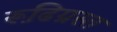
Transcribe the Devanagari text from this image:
रूढि़ग्रस्त